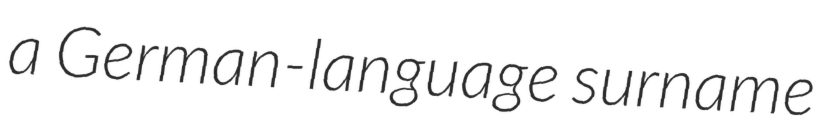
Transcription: a German-language surname